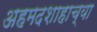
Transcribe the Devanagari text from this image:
अहमदशाहाच्या